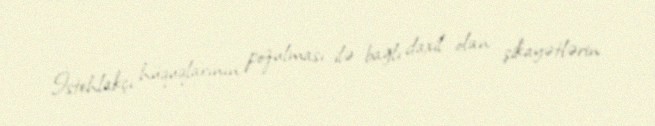
İstehlakçı hüquqlarının pozulması ilə bağlı daxil olan şikayətlərin